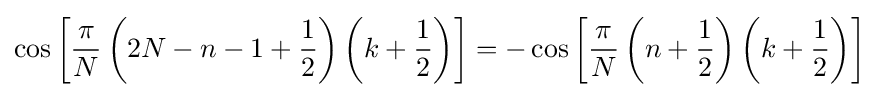
\cos \left[{\frac {\pi }{N}}\left(2N-n-1+{\frac {1}{2}}\right)\left(k+{\frac {1}{2}}\right)\right]=-\cos \left[{\frac {\pi }{N}}\left(n+{\frac {1}{2}}\right)\left(k+{\frac {1}{2}}\right)\right]